Report on horse surra - Volume II, Part II
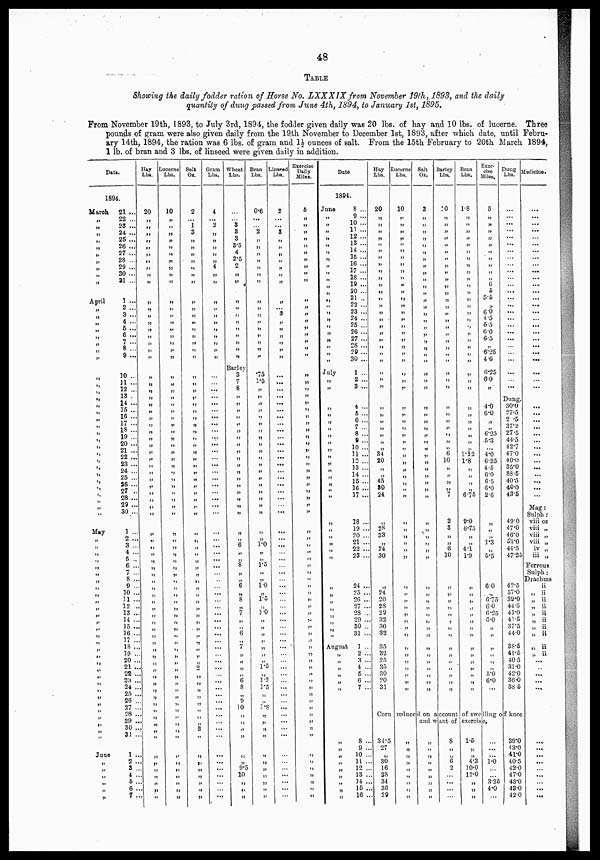
48
TABLE
Showing the daily fodder ration of Horse No. LXXX1X from November 19th, 1893, and the daily
quantity of dung passed from, June 4th, 1894, to January 1st, 1895,
From November 19th, 1893, to July 3rd, 1894, the fodder given daily was 20 lbs. of hay and 10 lbs. of lucerne. Three
pounds of gram were also given daily from the 19,th November to December 1st, 1893, after which date, until Febru-
ary 14th, 1894, the ration was 6 lbs. of gram and 1 1/2 ounces of salt. From the 15th February to 20th March 1894,
1 lb. of bran and 3 lbs. of linseed were given daily in addition.
Date.
1894.
March
„
„
„
„ „
„
„
„
„
„
April
„
„
„
„
„
„
„
„
„
„
„
„
„
„
„
„
„
„
„
„
„
„
„
„
„
„
„
„
„
May
„
„ „
„
„
„
„
„
„
„
„
„
„
„
„ „
„
„
„
„
„
„
„
„
„ „
„
„
„ „
June
„
„
„
„
„
„
21 ...
22 ...
23 ...
24 ...
25 ...
26 ...
27 ...
28 ...
29 ...
30 ...
31 ...
1 ...
2 ...
3 ...
4 ...
5 ...
6 ...
7 ...
8 ...
9 ...
10 ...
11 ...
12 ...
13 .
14 ...
15 ...
16 ...
17 ...
18 ...
19 ...
20 ...
21 ...
22 ...
23 ...
24 ...
25 ...
26 ...
27 ..
28 ...
29 ...
30 ...
3 ...
2 ...
3 ...
4 ...
5 ...
6 ...
7 ...
8 ..
9 ..
10 ...
11. ..
12 ...
13 ...
14 ...
15 ...
16 ...
17 ...
18 ...
19 ...
20 ...
21 ...
22 ...
23 ...
24 ...
25 ...
26 ...
27 ...
28 ...
29 ...
30 ...
31 ...
1 ...
2 ...
3 ...
4 ...
5 ...
6 ...
7 ...
Hay
Lbs.
20
„
„
„
„
„
„
„
„
„
„
„
„
„
„
„
„
„
„
„
„
„
„
„
„
„
„
„
„
„
„
„
„
„
„
„
„
„
„
„
„
„
„
„
„
„
„
„
„
„
„
„
„
„
„
„
„
„
„
„
„
„
„
„
„
„
„
„
„
„
„
„
„
„
„
„
„
„
„
„
„
Lucerne
Lbs.
10
„
„
„
„
„
„
„
„
„
„
„
„
„
„
„
„
„
„
„
„
„
„
„
„
„
„
„
„
„
„
„
„
„
„
„
„
„
„
„
„
„
„
„
„
„
„
„
„
„
„
„
„
„
„
„
„
„
„
„
„
„
„
„
„
„
„
„
„
„
„
„
„
„
„
„
„
„
„
„
„
Salt
Oz.
2
...
1
3
„
„
„
„
„
„
„
„
„
„
„
„
„
„
„
„
„
„
„
„
„
„
„
„
„
„
„
„
„
„
„
„
„
„
„
„
„
„
„
„
„
„
„
„
„
„
„
„
„
„
„
„
"
„
„
„
2
„
„
„
„
„
„
„
„
3
„
„
„
„
„
„
„
„
„
Gram
Lbs.
4
...
2
„
„
„
„
„
4
„
„
„ „
„
„
„
„
„
„
„
...
...
...
...
...
...
...
...
...
... ...
...
...
...
...
...
...
...
...
...
...
...
...
...
...
...
...
...
...
...
...
...
...
...
...
...
...
...
...
...
...
...
...
...
...
Wheat
Lbs.
...
...
3
3
3
3.5
4
2.5
2
„
„
„
„
„
„
„
„
„
„
„
Barley
3
7
8
„
„
„
„
„
„
„
„
„
„
„
„
„
„
„
„
„
„
„
6
„
„
8
„
„
6
„
8 „
7
„
„
6
„
7
„
„
„
„
6
8
„
9
10
„
„
„
„
„
„
„
9.5
10
„
„
„
Bran
Lbs.
0.6
...
2
„
„
„
„
„
„
„
„
„
„
„
„
„
„
„
„
.75
1.5
„
„
„
„
„
„
„
„
„
„
„
„
„
„
„
„
„
„
„
„
„
1.0
„ „
1.5
„
„
1.0
„
1.5
„
1.0
„
„
„
„
„
„
„
1.6
„
1.2
1.5
„
„
1.8
„
„
„
„
„
„
„
„
„
„
„
„
Liusead
Lbs.
2
...
...
3
„
„
„
„
„
„
„
„
...
3
„
„
„
„
„
„
...
...
...
...
...
...
...
...
...
...
...
...
...
...
...
...
...
...
...
...
...
...
...
...
...
...
...
... ...
...
...
...
...
...
...
...
...
...
...
...
...
...
...
...
...
... ...
...
...
... ...
...
...
...
...
...
...
...
...
Exercise
Daily
Miles.
6
„
„
„
„
„
„
„
„
„
„
„
„
„
„
„
„
„
„
„
„
„
„
„
„
„
„
„
„
„
„
„
„
„
„
„
„
„
„
„
„
„
„
„
„
„
„
„
„
„
„
„
„
„
„
„
„
„
„
„
„
3»
„
„
„
„
„
„
„
„
„
„
„
„
„
„
„
„
„
Date
1894.
June
8 ...
„
9 ...
„
10 ...
„
11
...
„
12
...
13 ...
14 ...
„
15 ...
„
16 ...
„
„
17 ...
„
18 ...
„ ...
,„20 ...
„21 ..
„22 ...
„
23 ...
„
24 ...
„
25
...
„
26...
„
27
...
„ 28 ...
„
30 ...
July
1 ...
„
2 ...
„
3 ...
„
„
„
4 ...
„
5 ...
„
6 ...
„
7
...
„
8 ...
„ 9
„
10
...
„ 11 ...
„12 ...
„14 ...
„14 ...
„15 ...
„16 ...
„
17 ...
18 ...
„ 19...
„
20 ...
„
21 ...
„ 22 ...
„ 23 ...
„ 24 ...
„ 25 ...
„ 26 ...
„ 27 ...
„ 28 ...
„ 29 ..
„ 30 ..
„ 31..
August
1..
„ 2 ...
„3...
„4 ...
„5 ...
„6 ...
„7 ..
„8 ....
„9 ....
„
10 ...
„
11...
„
12 ...
„
13 ...
„ 14 ...
„
15 ...
„
16 ...
Hay
Lbs.
20
„
„
„
„
„
„
„
„
„
„
„
„
„
„
„
„
„
„
„
„
„
„
„
„
„
„
„
„
„
„
„
„
34
34
28
„
„
45
50
24
„
28
„
„
24
30
„
24
20
2S
29
32
30
32
35
32
25
35
30
20
31
Lucerne
Lbs.
10
„
„
„
„
„
„
„
„
„
„
„
„
„
„
„
„
„
„
„
„
„
„
„
„
„
„
„
„
„
„
„
„
„
„
„
„
„
„
„
„
„
„
„
„
„
„
„
„
„
„
„
„
„
„
„
„
„
„
„
„
Salt
Oz.
3
„
„
„
„
„
„
„
„
„
„
„
„
„
„
„
„
„
„
„
39
„
„
„
„
„
„
„
„
„
„
„
„
„
„
„
„
„
„
„
„
„
„
„
„
„
„
„
„
„
„
„
„
„
„
„
„
„
„
Barley
Lbs.
:o
„
„
„
„
„
„
„
„
„
„
„
„
„
„
„
„
„
„
„
„
„
„
„
„
„
„
„
„
„
„
„
" 6
18
„
„
„
„
7
2
3
„
„
6
10
„
„
„
„
„
„
„
„
„
„
„
„
„
„
Bran
Lbs.
rs
„
„
„
„
„
„
„
„
„
„
„
„
„
„
„
„
„
„
„
„
„
„
„
„
„
„
„
„
„
„
„
„
1.12
1.8
„
„
„
„
6.75
9.0
6.75
„
''
4.1
1.9
„
„
„
„
„
„
„
„
„
„
„
„
„
Exer-
cise
Miles.
5
„
»
„
„
„
„
„
„
„
„
5
5.8
„
6'0
4.5
6.7
0.0
0.0
„
6.25
6.25
6.0
„
4.6
6.0
„
„
6.25
5.3
...
4'0
6.25
4.5
6.8
6.5
6.0
2.6
„
„
1.3
„
6.5
6.0
„
6.75
60
6.25
0.0
„
'
„
„
„
„
5.0
6.0
...
Dung
Lbs
...
...
...
...
...
...
...
...
...
...
...
...
...
...
...
...
...
...
...
Dung.
30.0
27.5
372
27.5.
27.5
44.5
49.7 42.7
47.0
40.0
35.9
48.6
40.0
40.0
40. 0
49.0
47.0
48.6
58.8
44.5
47.25
42.5
57.0
39.0
44.5
43.0
41.5
37.5
44.0
38.5
41.6
40.5
31.0
42.0
36.0
38.5
Corn reduce d on account of swelling of knee
and want of cxercise.
. 34.5
. 27
„
. 30
. 16
. 38
. 34
. 36
. 29
„
„
„
„
„
„
„
„
"
„
„
„
„
„
„
„
„
„
8
„
6
6
2
...
1.5
„
„
4.3
10.0
12.0
„
„
„
...
...
1.0
,„
...
3.25
4.0
...
39.0
43.0
41.0
40.5
42.0
47.0
43.0
43.0
42.0
Medicine.
...
...
...
...
...
...
...
a*a
...
...
...
...
...
...
...
...
...
...
...
...
...
...
...
...
...
...
...
...
...
...
...
...
...
...
...
...
meg
luag:
Sulph:
vi„ oz
vi„ „
vi„ „
vi„ „
iv „
i„ „
Ferrous
Sulph:
Drachms
„ii
„
ii
„
ii
„
ii
„
ii
„ ii
„
ii
„
ii
„ ii
„
ii
...
...
...
....
...
...
...
....
...
...
...
...
...
...